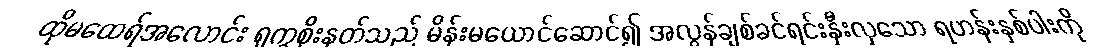
ထိုမထေရ်အလောင်း ရုက္ခစိုးနတ်သည် မိန်းမယောင်ဆောင်၍ အလွန်ချစ်ခင်ရင်းနှီးလှသော ရဟန်းနှစ်ပါးကို